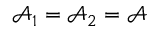
\mathcal { A } _ { 1 } = \mathcal { A } _ { 2 } = \mathcal { A }